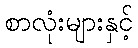
စာလုံးများနှင့်